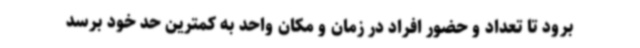
برود تا تعداد و حضور افراد در زمان و مکان واحد به کمترین حد خود برسد